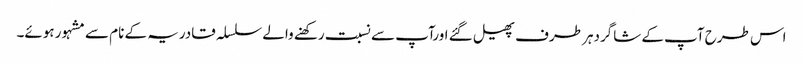
اس طرح آپ کے شاگردہر طرف پھیل گئے اورآپ سے نسبت رکھنے والے سلسلہ قادریہ کے نام سے مشہور ہوئے۔